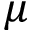
\mu